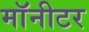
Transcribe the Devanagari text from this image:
माॅनीटर